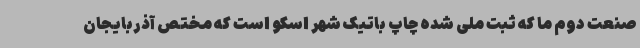
صنعت دوم ما که ثبت ملی شده چاپ باتیک شهر اسکو است که مختص آذربایجان